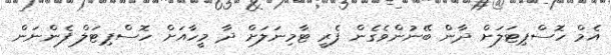
އެމް ހޮސްޕިޓަލަށް ދާން ބޭނުންވެގެން ފެރީ ޓާމިނަލަށް ދާ މީހާއަށް ހޮސްޕިޓަލް ފެންނަން